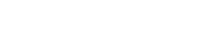
ခါရကော မကုဠေ ရသေ။